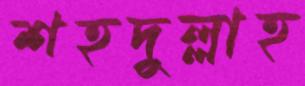
শহদুল্লাহ